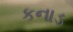
કનાડ